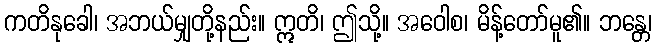
ကတိနုခေါ၊ အဘယ်မျှတို့နည်း။ ဣတိ၊ ဤသို့။ အဝေါစ၊ မိန့်တော်မူ၏။ ဘန္တေ၊